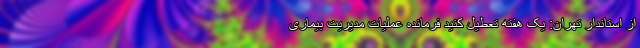
از استاندار تهران: یک هفته تعطیل کنید فرمانده عملیات مدیریت بیماری